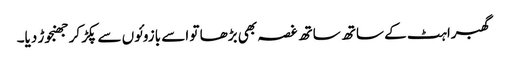
گھبراہٹ کے ساتھ ساتھ غصہ بھی بڑھا تو اسے بازوئوں سے پکڑ کر جھنجوڑ دیا۔